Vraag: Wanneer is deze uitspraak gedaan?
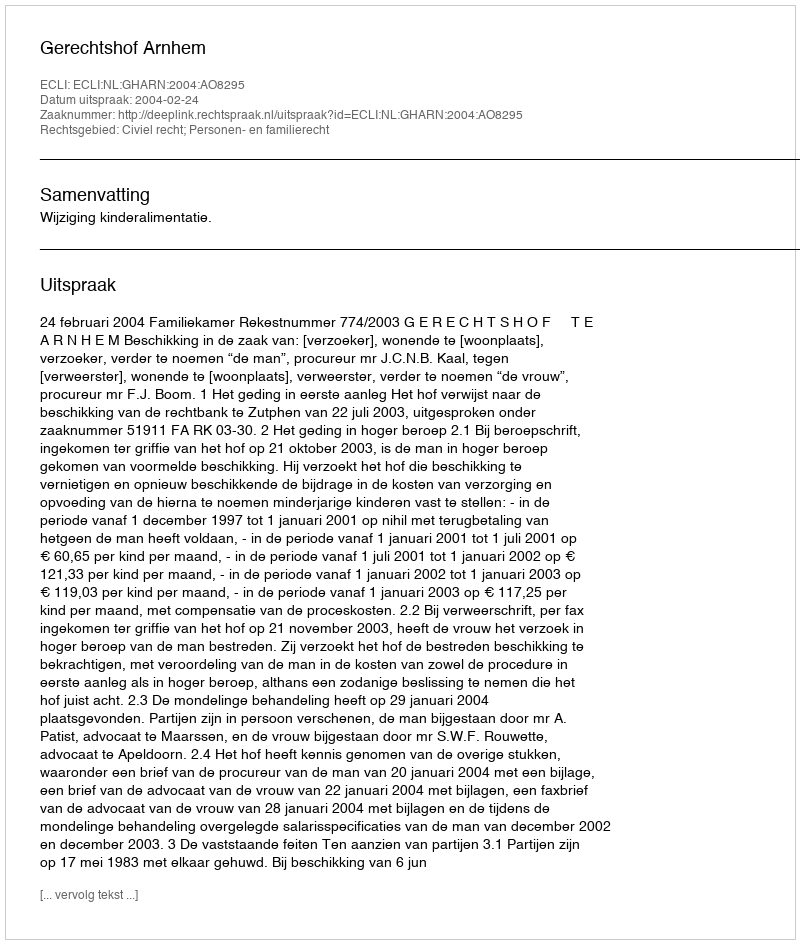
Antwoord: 2004-02-24